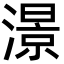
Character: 澋